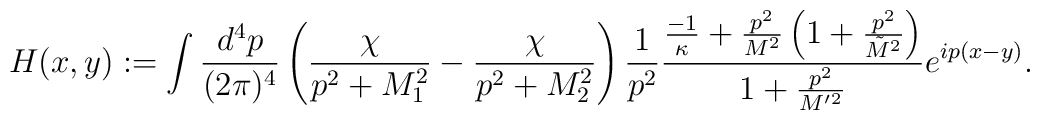
H(x,y) :=  \int {d^4 p \over (2\pi)^4} \left( {\chi \over p^2+M_1^2} - {\chi \over p^2+M_2^2} \right) {1 \over p^2}   { {-1 \over \kappa} + {p^2 \over M^2} \left(1  + {p^2 \over \tilde M^2} \right)  \over 1  + {p^2 \over M'{}^2} }    e^{ip(x-y)} .